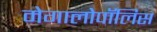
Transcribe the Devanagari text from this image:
मेगालोपॉलिस